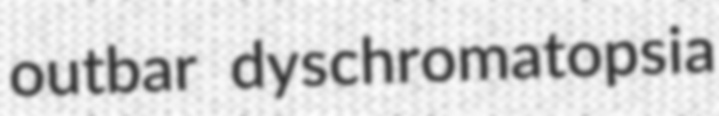
outbar dyschromatopsia